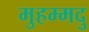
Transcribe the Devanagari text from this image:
मुहम्मदु